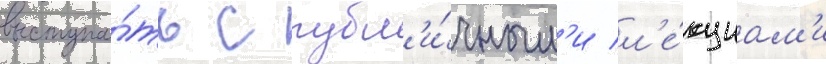
выступа́ть с публ'и́чным'и л'е́кциам'и